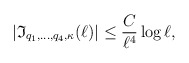
\begin{align*}|\mathfrak{I}_{q_1,\ldots, q_4, \kappa}(\ell)|\leq \frac{C}{\ell^4}\log \ell,\end{align*}